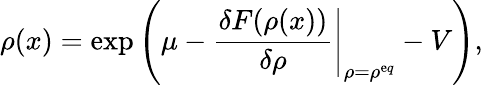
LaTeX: \rho(x)=\exp\left(\left.\mu-\frac{\delta F(\rho(x))}{\delta\rho}\right|_{\rho=\rho^{\mathrm eq}}-V\right),